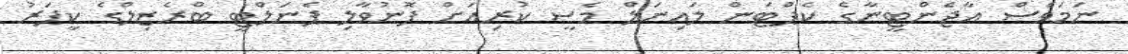
ނަމަވެސް އާޖެންޓީނާގެ ކެޕްޓަން ލައިނަލް މެސީ ކުރިއަށް ފޮނުވާލި ޕެނަލްޓީ ބްރެޒިލްގެ ކީޕަރު